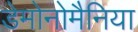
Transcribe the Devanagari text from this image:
डेमोनोमैनिया